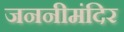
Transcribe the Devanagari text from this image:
जननीमंदिर